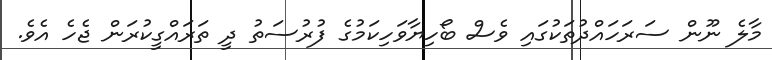
މާލެ ނޫން ސަރަހައްދުތަކުގައި ވެސް ބޯހިޔާވަހިކަމުގެ ފުރުސަތު ދީ ތަރައްގީކުރަން ޖެހެ އެވެ.